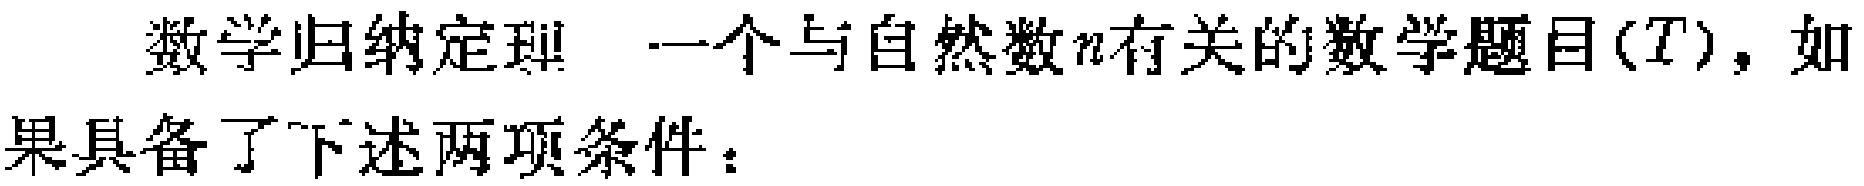
数学归纳定理 一个与自然数\(n\)有关的数学题目\((T)\)，如果具备了下述两项条件：